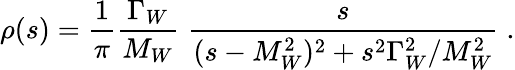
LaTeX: \rho(s)={\frac{1}{\pi}}{\frac{\Gamma_{W}}{M_{W}}}\; {\frac{s}{(s-M_{W}^{2})^{2}+s^{2}\Gamma_{W}^{2}/M_{W}^{2}}}\; .